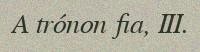
A trónon fia, III.